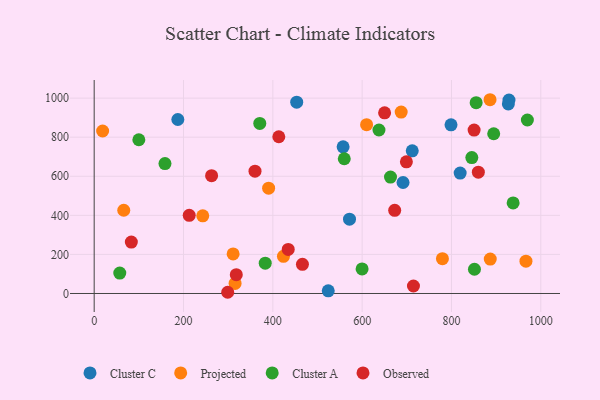
{"axis": {"x": "Ad Spend", "y": "Fuel Efficiency"}, "legend": ["Cluster A", "Cluster C", "Observed", "Projected"], "data": [{"x": "691.6", "y": 568.2, "type": "Cluster C"}, {"x": "571.7", "y": 380.3, "type": "Cluster C"}, {"x": "524.1", "y": 13.7, "type": "Cluster C"}, {"x": "799.0", "y": 863.3, "type": "Cluster C"}, {"x": "712.2", "y": 730.0, "type": "Cluster C"}, {"x": "453.5", "y": 979.4, "type": "Cluster C"}, {"x": "819.5", "y": 616.1, "type": "Cluster C"}, {"x": "557.4", "y": 750.6, "type": "Cluster C"}, {"x": "927.4", "y": 970.5, "type": "Cluster C"}, {"x": "928.8", "y": 990.3, "type": "Cluster C"}, {"x": "187.3", "y": 890.7, "type": "Cluster C"}, {"x": "66.2", "y": 426.1, "type": "Projected"}, {"x": "243.1", "y": 397.3, "type": "Projected"}, {"x": "886.9", "y": 176.2, "type": "Projected"}, {"x": "315.5", "y": 51.3, "type": "Projected"}, {"x": "687.4", "y": 928.7, "type": "Projected"}, {"x": "779.8", "y": 178.2, "type": "Projected"}, {"x": "886.4", "y": 991.8, "type": "Projected"}, {"x": "610.0", "y": 864.3, "type": "Projected"}, {"x": "311.1", "y": 202.6, "type": "Projected"}, {"x": "18.9", "y": 831.6, "type": "Projected"}, {"x": "966.8", "y": 165.3, "type": "Projected"}, {"x": "390.6", "y": 539.2, "type": "Projected"}, {"x": "423.8", "y": 190.4, "type": "Projected"}, {"x": "663.5", "y": 595.9, "type": "Cluster A"}, {"x": "599.9", "y": 125.8, "type": "Cluster A"}, {"x": "970.0", "y": 888.1, "type": "Cluster A"}, {"x": "57.3", "y": 104.4, "type": "Cluster A"}, {"x": "370.8", "y": 870.6, "type": "Cluster A"}, {"x": "894.6", "y": 817.6, "type": "Cluster A"}, {"x": "100.0", "y": 786.8, "type": "Cluster A"}, {"x": "158.5", "y": 665.2, "type": "Cluster A"}, {"x": "560.0", "y": 689.7, "type": "Cluster A"}, {"x": "855.3", "y": 976.5, "type": "Cluster A"}, {"x": "845.6", "y": 695.6, "type": "Cluster A"}, {"x": "851.5", "y": 124.1, "type": "Cluster A"}, {"x": "637.7", "y": 836.8, "type": "Cluster A"}, {"x": "938.1", "y": 463.4, "type": "Cluster A"}, {"x": "383.0", "y": 154.9, "type": "Cluster A"}, {"x": "318.2", "y": 96.1, "type": "Observed"}, {"x": "413.4", "y": 802.4, "type": "Observed"}, {"x": "360.1", "y": 625.9, "type": "Observed"}, {"x": "212.8", "y": 400.1, "type": "Observed"}, {"x": "299.0", "y": 6.2, "type": "Observed"}, {"x": "714.9", "y": 38.3, "type": "Observed"}, {"x": "850.7", "y": 836.6, "type": "Observed"}, {"x": "434.5", "y": 225.4, "type": "Observed"}, {"x": "699.1", "y": 673.9, "type": "Observed"}, {"x": "83.2", "y": 263.0, "type": "Observed"}, {"x": "466.3", "y": 149.2, "type": "Observed"}, {"x": "860.2", "y": 620.9, "type": "Observed"}, {"x": "262.9", "y": 602.9, "type": "Observed"}, {"x": "672.9", "y": 425.6, "type": "Observed"}, {"x": "650.3", "y": 924.5, "type": "Observed"}]}